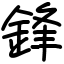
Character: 鋒